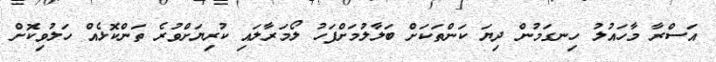
އަސްރާ މާހައުލު ހިނގަމުން ދިޔަ ކަންތަކަށް ބަލާލުމަށްފަހު ލޯމަރާލައި ކުރިޔަށްވުރެ ތަންކޮޅެއް ހަލުވިކޮށް